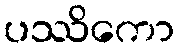
ပဿိကော